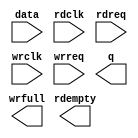
// megafunction wizard: %FIFO%VBB%
// GENERATION: STANDARD
// VERSION: WM1.0
// MODULE: dcfifo 

// ============================================================
// Megafunction Name(s):
// 			dcfifo
//
// Simulation Library Files(s):
// 			
// ============================================================
// ************************************************************
// THIS IS A WIZARD-GENERATED FILE. DO NOT EDIT THIS FILE!
//
// 11.0 Build 208 07/03/2011 SP 1 SJ Full Version
// ************************************************************

//Copyright (C) 1991-2011 Altera Corporation
//Your use of Altera Corporation's design tools, logic functions 
//and other software and tools, and its AMPP partner logic 
//functions, and any output files from any of the foregoing 
//(including device programming or simulation files), and any 
//associated documentation or information are expressly subject 
//to the terms and conditions of the Altera Program License 
//Subscription Agreement, Altera MegaCore Function License 
//Agreement, or other applicable license agreement, including, 
//without limitation, that your use is for the sole purpose of 
//programming logic devices manufactured by Altera and sold by 
//Altera or its authorized distributors.  Please refer to the 
//applicable agreement for further details.

module fifo (
	data,
	rdclk,
	rdreq,
	wrclk,
	wrreq,
	q,
	rdempty,
	wrfull);

	input	[3:0]  data;
	input	  rdclk;
	input	  rdreq;
	input	  wrclk;
	input	  wrreq;
	output	[3:0]  q;
	output	  rdempty;
	output	  wrfull;

endmodule

// ============================================================
// CNX file retrieval info
// ============================================================
// Retrieval info: PRIVATE: AlmostEmpty NUMERIC "0"
// Retrieval info: PRIVATE: AlmostEmptyThr NUMERIC "-1"
// Retrieval info: PRIVATE: AlmostFull NUMERIC "0"
// Retrieval info: PRIVATE: AlmostFullThr NUMERIC "-1"
// Retrieval info: PRIVATE: CLOCKS_ARE_SYNCHRONIZED NUMERIC "0"
// Retrieval info: PRIVATE: Clock NUMERIC "4"
// Retrieval info: PRIVATE: Depth NUMERIC "1024"
// Retrieval info: PRIVATE: Empty NUMERIC "1"
// Retrieval info: PRIVATE: Full NUMERIC "1"
// Retrieval info: PRIVATE: INTENDED_DEVICE_FAMILY STRING "Cyclone IV E"
// Retrieval info: PRIVATE: LE_BasedFIFO NUMERIC "0"
// Retrieval info: PRIVATE: LegacyRREQ NUMERIC "1"
// Retrieval info: PRIVATE: MAX_DEPTH_BY_9 NUMERIC "0"
// Retrieval info: PRIVATE: OVERFLOW_CHECKING NUMERIC "0"
// Retrieval info: PRIVATE: Optimize NUMERIC "0"
// Retrieval info: PRIVATE: RAM_BLOCK_TYPE NUMERIC "0"
// Retrieval info: PRIVATE: SYNTH_WRAPPER_GEN_POSTFIX STRING "0"
// Retrieval info: PRIVATE: UNDERFLOW_CHECKING NUMERIC "0"
// Retrieval info: PRIVATE: UsedW NUMERIC "1"
// Retrieval info: PRIVATE: Width NUMERIC "4"
// Retrieval info: PRIVATE: dc_aclr NUMERIC "0"
// Retrieval info: PRIVATE: diff_widths NUMERIC "0"
// Retrieval info: PRIVATE: msb_usedw NUMERIC "0"
// Retrieval info: PRIVATE: output_width NUMERIC "4"
// Retrieval info: PRIVATE: rsEmpty NUMERIC "1"
// Retrieval info: PRIVATE: rsFull NUMERIC "0"
// Retrieval info: PRIVATE: rsUsedW NUMERIC "0"
// Retrieval info: PRIVATE: sc_aclr NUMERIC "0"
// Retrieval info: PRIVATE: sc_sclr NUMERIC "0"
// Retrieval info: PRIVATE: wsEmpty NUMERIC "0"
// Retrieval info: PRIVATE: wsFull NUMERIC "1"
// Retrieval info: PRIVATE: wsUsedW NUMERIC "0"
// Retrieval info: LIBRARY: altera_mf altera_mf.altera_mf_components.all
// Retrieval info: CONSTANT: INTENDED_DEVICE_FAMILY STRING "Cyclone IV E"
// Retrieval info: CONSTANT: LPM_NUMWORDS NUMERIC "1024"
// Retrieval info: CONSTANT: LPM_SHOWAHEAD STRING "OFF"
// Retrieval info: CONSTANT: LPM_TYPE STRING "dcfifo"
// Retrieval info: CONSTANT: LPM_WIDTH NUMERIC "4"
// Retrieval info: CONSTANT: LPM_WIDTHU NUMERIC "10"
// Retrieval info: CONSTANT: OVERFLOW_CHECKING STRING "ON"
// Retrieval info: CONSTANT: RDSYNC_DELAYPIPE NUMERIC "4"
// Retrieval info: CONSTANT: UNDERFLOW_CHECKING STRING "ON"
// Retrieval info: CONSTANT: USE_EAB STRING "ON"
// Retrieval info: CONSTANT: WRSYNC_DELAYPIPE NUMERIC "4"
// Retrieval info: USED_PORT: data 0 0 4 0 INPUT NODEFVAL "data[3..0]"
// Retrieval info: USED_PORT: q 0 0 4 0 OUTPUT NODEFVAL "q[3..0]"
// Retrieval info: USED_PORT: rdclk 0 0 0 0 INPUT NODEFVAL "rdclk"
// Retrieval info: USED_PORT: rdempty 0 0 0 0 OUTPUT NODEFVAL "rdempty"
// Retrieval info: USED_PORT: rdreq 0 0 0 0 INPUT NODEFVAL "rdreq"
// Retrieval info: USED_PORT: wrclk 0 0 0 0 INPUT NODEFVAL "wrclk"
// Retrieval info: USED_PORT: wrfull 0 0 0 0 OUTPUT NODEFVAL "wrfull"
// Retrieval info: USED_PORT: wrreq 0 0 0 0 INPUT NODEFVAL "wrreq"
// Retrieval info: CONNECT: @data 0 0 4 0 data 0 0 4 0
// Retrieval info: CONNECT: @rdclk 0 0 0 0 rdclk 0 0 0 0
// Retrieval info: CONNECT: @rdreq 0 0 0 0 rdreq 0 0 0 0
// Retrieval info: CONNECT: @wrclk 0 0 0 0 wrclk 0 0 0 0
// Retrieval info: CONNECT: @wrreq 0 0 0 0 wrreq 0 0 0 0
// Retrieval info: CONNECT: q 0 0 4 0 @q 0 0 4 0
// Retrieval info: CONNECT: rdempty 0 0 0 0 @rdempty 0 0 0 0
// Retrieval info: CONNECT: wrfull 0 0 0 0 @wrfull 0 0 0 0
// Retrieval info: GEN_FILE: TYPE_NORMAL fifo.v TRUE
// Retrieval info: GEN_FILE: TYPE_NORMAL fifo.inc FALSE
// Retrieval info: GEN_FILE: TYPE_NORMAL fifo.cmp FALSE
// Retrieval info: GEN_FILE: TYPE_NORMAL fifo.bsf FALSE
// Retrieval info: GEN_FILE: TYPE_NORMAL fifo_inst.v FALSE
// Retrieval info: GEN_FILE: TYPE_NORMAL fifo_bb.v TRUE